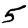
Digit: 5